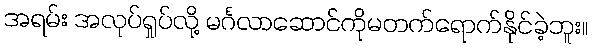
အရမ်း အလုပ်ရှုပ်လို့ မင်္ဂလာဆောင်ကိုမတက်ရောက်နိုင်ခဲ့ဘူး။